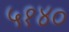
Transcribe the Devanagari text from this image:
५१४०